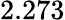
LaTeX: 2.273